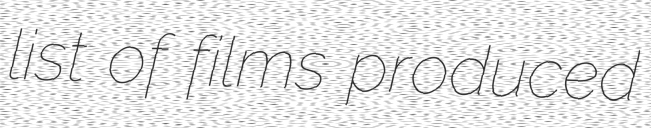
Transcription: list of films produced